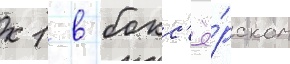
к 1 в бокс'ё́рском